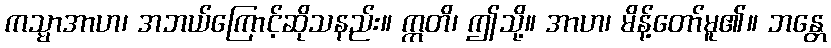
ကသ္မာအာဟ၊ အဘယ်ကြောင့်ဆိုသနည်း။ ဣတိ၊ ဤသို့။ အာဟ၊ မိန့်တော်မူ၏။ ဘန္တေ